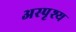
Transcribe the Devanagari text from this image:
अस्‍पृश्य